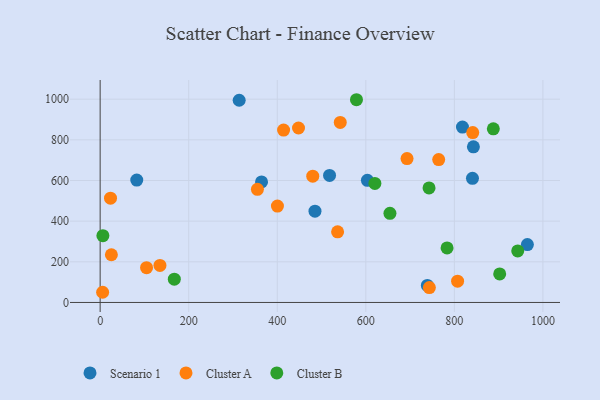
{"axis": {"x": "Speed", "y": "Rating"}, "legend": ["Cluster A", "Cluster B", "Scenario 1"], "data": [{"x": "818.3", "y": 862.9, "type": "Scenario 1"}, {"x": "82.7", "y": 602.2, "type": "Scenario 1"}, {"x": "840.9", "y": 610.6, "type": "Scenario 1"}, {"x": "314.0", "y": 994.8, "type": "Scenario 1"}, {"x": "485.2", "y": 449.0, "type": "Scenario 1"}, {"x": "603.6", "y": 600.8, "type": "Scenario 1"}, {"x": "739.0", "y": 83.8, "type": "Scenario 1"}, {"x": "964.9", "y": 284.9, "type": "Scenario 1"}, {"x": "518.1", "y": 624.8, "type": "Scenario 1"}, {"x": "364.5", "y": 593.0, "type": "Scenario 1"}, {"x": "843.0", "y": 765.4, "type": "Scenario 1"}, {"x": "807.3", "y": 104.7, "type": "Cluster A"}, {"x": "542.3", "y": 885.7, "type": "Cluster A"}, {"x": "841.5", "y": 835.8, "type": "Cluster A"}, {"x": "135.1", "y": 182.0, "type": "Cluster A"}, {"x": "693.1", "y": 708.0, "type": "Cluster A"}, {"x": "25.4", "y": 234.6, "type": "Cluster A"}, {"x": "743.5", "y": 73.3, "type": "Cluster A"}, {"x": "764.6", "y": 702.8, "type": "Cluster A"}, {"x": "400.4", "y": 474.0, "type": "Cluster A"}, {"x": "536.3", "y": 347.4, "type": "Cluster A"}, {"x": "480.2", "y": 621.1, "type": "Cluster A"}, {"x": "355.2", "y": 556.6, "type": "Cluster A"}, {"x": "448.0", "y": 858.3, "type": "Cluster A"}, {"x": "23.4", "y": 513.0, "type": "Cluster A"}, {"x": "104.8", "y": 171.0, "type": "Cluster A"}, {"x": "414.3", "y": 847.9, "type": "Cluster A"}, {"x": "5.6", "y": 50.1, "type": "Cluster A"}, {"x": "578.9", "y": 997.3, "type": "Cluster B"}, {"x": "943.1", "y": 253.4, "type": "Cluster B"}, {"x": "6.2", "y": 328.3, "type": "Cluster B"}, {"x": "902.4", "y": 140.4, "type": "Cluster B"}, {"x": "167.5", "y": 114.5, "type": "Cluster B"}, {"x": "654.5", "y": 438.3, "type": "Cluster B"}, {"x": "783.5", "y": 268.3, "type": "Cluster B"}, {"x": "620.5", "y": 585.7, "type": "Cluster B"}, {"x": "888.0", "y": 854.0, "type": "Cluster B"}, {"x": "742.8", "y": 563.3, "type": "Cluster B"}]}